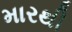
મારથી